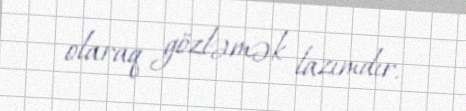
olaraq gözləmək lazımdır.